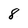
Character: 8